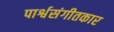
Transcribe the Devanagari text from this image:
पार्श्वसंगीतकार